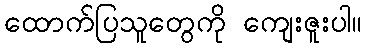
ထောက်ပြသူတွေကို ကျေးဇူးပါ။